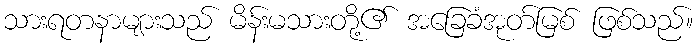
သားရတနာများသည် မိန်းမသားတို့၏ အခြေခံအုတ်မြစ် ဖြစ်သည်။